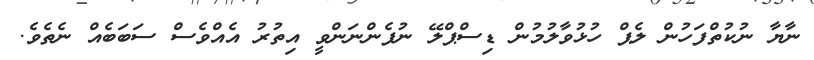
ނާޔާ ނުކުތްފަހުން ލެޕް ހުޅުވާލުމުން ޑިސްޕްލޭ ނުފެންނަންވީ އިތުރު އެއްވެސް ސަބަބެއް ނެތެވެ.